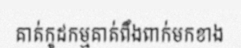
គាត់កូដកម្មគាត់ពឹងពាក់មកខាង